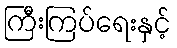
ကြီးကြပ်ရေးနှင့်